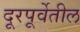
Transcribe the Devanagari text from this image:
दूरपूर्वेतील